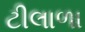
ટીલાળા